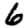
Digit: 6